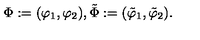
\Phi : = ( \varphi _ { 1 } , \varphi _ { 2 } ) , \tilde { \Phi } : = ( \tilde { \varphi } _ { 1 } , \tilde { \varphi } _ { 2 } ) .